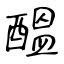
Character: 醞